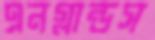
এনগ্লান্ডস